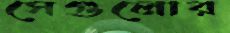
সেগুলোর